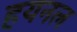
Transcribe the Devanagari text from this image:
हयनल